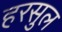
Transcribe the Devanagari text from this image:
हरसुल